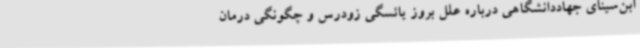
ابن‌سینای جهاددانشگاهی درباره علل بروز یائسگی زودرس و چگونگی درمان